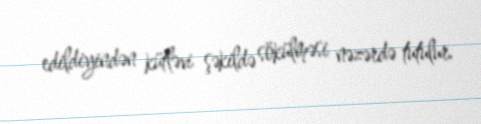
edildiyindən kütləvi şəkildə sökülməsi nəzərdə tutulur.